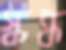
স্কন্ধ